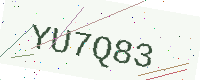
Text: YU7Q83